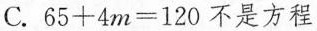
C.$$65+4m=120$$不是方程